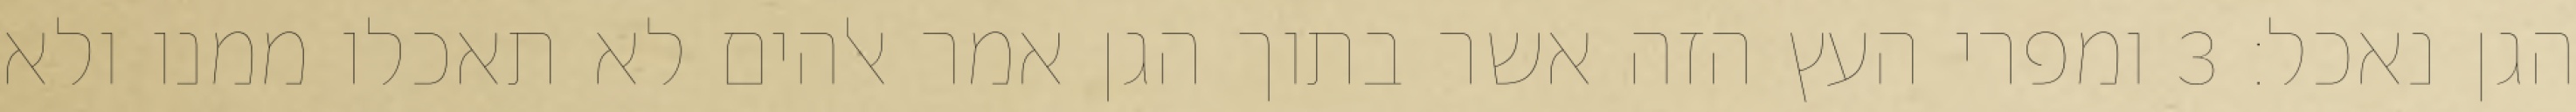
הגן נאכל׃ ‎3‏ ומפרי העץ הזה אשר בתוך הגן אמר אלהים לא תאכלו ממנו ולא